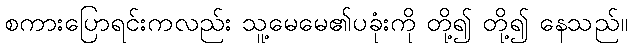
စကားပြောရင်းကလည်း သူ့မေမေ၏ပခုံးကို တို့၍ တို့၍ နေသည်။